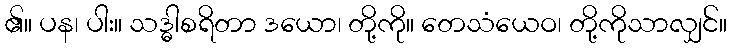
၏။ ပန၊ ပါး။ သဒ္ဓါစရိတာ ဒယော၊ တို့ကို။ တေသံယေဝ၊ တို့ကိုသာလျှင်။